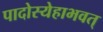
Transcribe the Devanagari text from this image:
पादोस्येहाभवत्